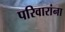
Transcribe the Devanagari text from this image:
परिवारांना